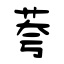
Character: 荂